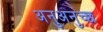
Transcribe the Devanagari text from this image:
अनुअनुच्छ